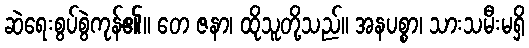
ဆဲရေးစွပ်စွဲကုန်၏။ တေ ဇနာ၊ ထိုသူတို့သည်။ အနပစ္စာ၊ သားသမီးမရှိ